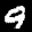
Label: 9